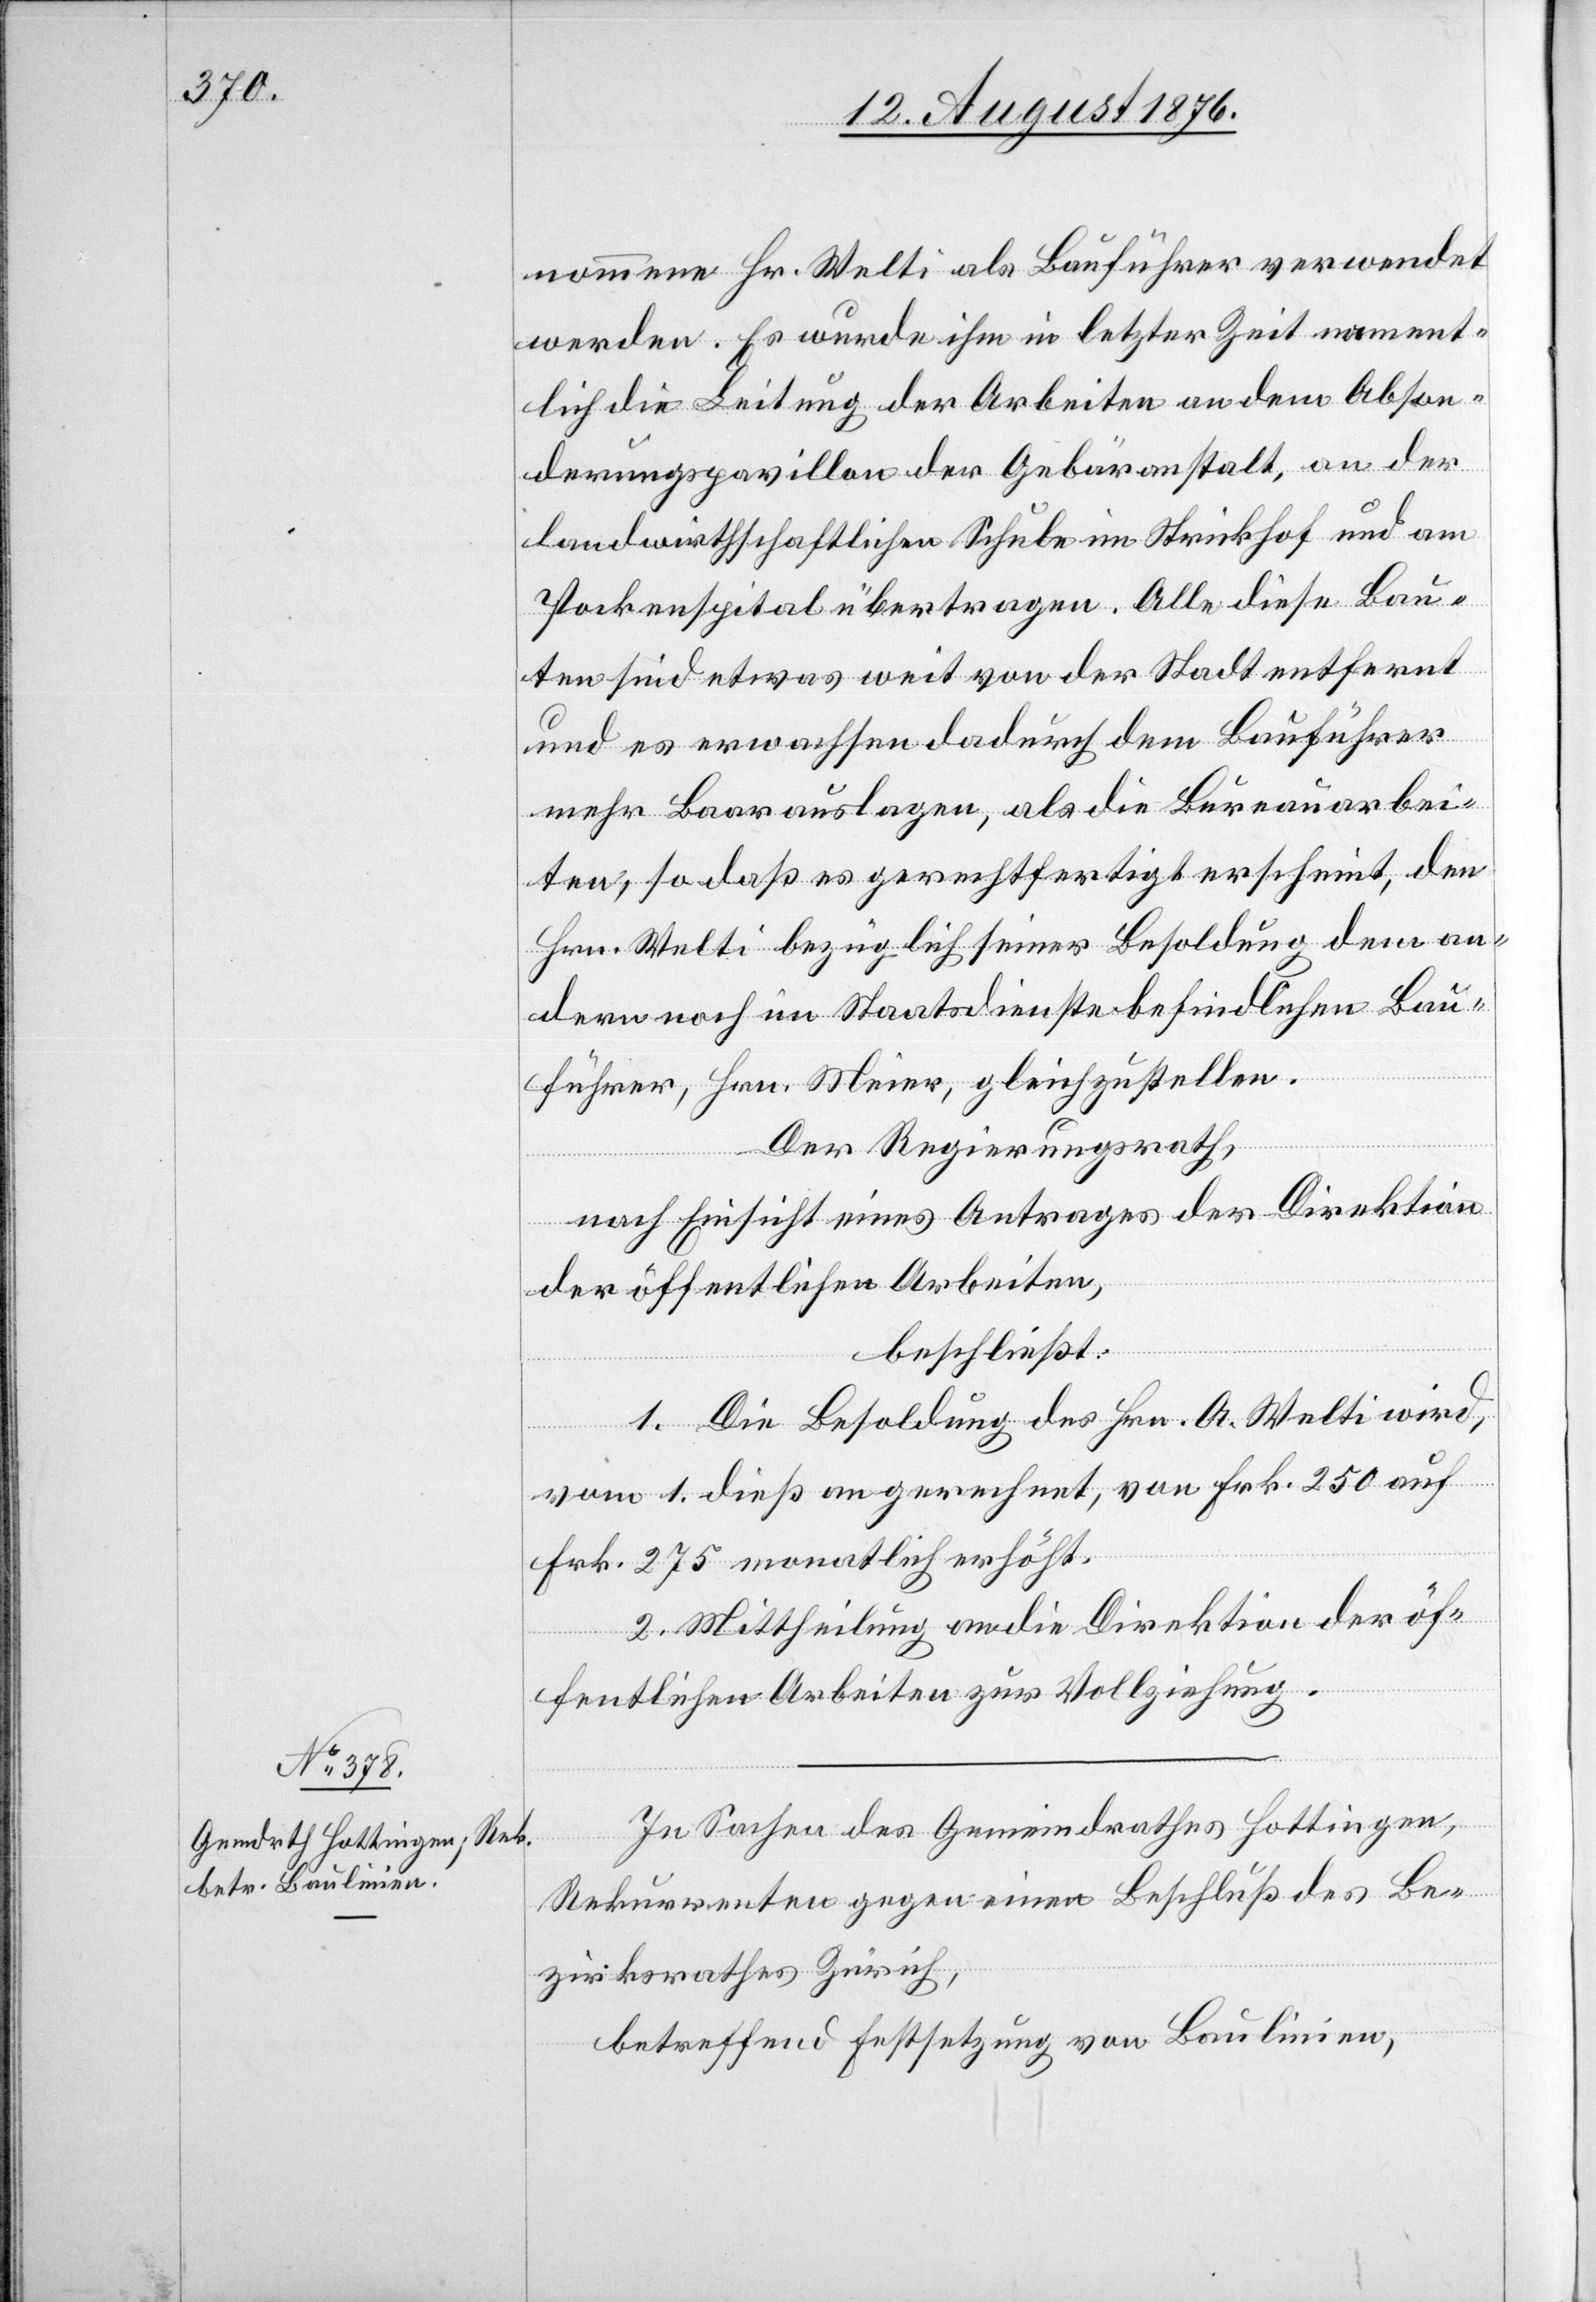
nommene Hr. Welti als Bauführer verwendet
werden. Es wurde ihm in letzter Zeit nament¬
lich die Leitung der Arbeiten an dem Abson¬
derungspavillon der Gebäranstalt, an der
landwirthschaftlichen Schule im Strickhof und am
Pockenspital übertragen. Alle diese Bau¬
ten sind etwas weit von der Stadt entfernt
und es erwachsen dadurch dem Bauführer
mehr Baarauslagen, als die Bureauarbei¬
ten, so daß es gerechtfertigt erscheint, den
Hrn. Welti bezüglich seiner Besoldung dem an¬
dern noch im Staatsdienste befindlichen Bau¬
führer, Hrn. Meier, gleichzustellen.
Der Regierungsrath,
nach Einsicht eines Antrages der Direktion
der öffentlichen Arbeiten,
beschließt:
1. Die Besoldung des Hrn. A. Welti wird,
vom 1. dieß an gerechnet, von Frk. 250 auf
Frk. 275 monatlich erhöht.
2. Mittheilung an die Direktion der öf¬
fentlichen Arbeiten zur Vollziehung.
In Sachen des Gemeindrathes Hottingen,
Rekurrenten gegen einen Beschluß des Be¬
zirksrathes Zürich,
betreffend Festsetzung von Baulinien,